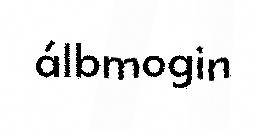
álbmogin